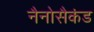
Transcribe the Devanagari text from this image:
नैनोसैकंड